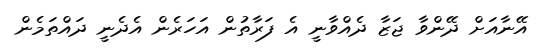
އޭނާއަށް ދޭންވާ ޖަޒާ ދެއްވާނީ އެ ފަރާތުން އަހަރެން އެދެނީ ދައްތަމެން